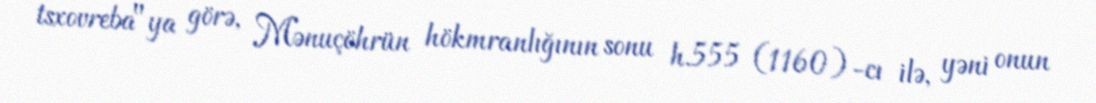
tsxovreba"ya görə, Mənuçöhrün hökmranlığının sonu h.555 (1160)-cı ilə, yəni onun